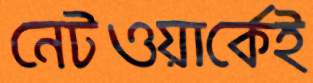
নেটওয়ার্কেই